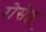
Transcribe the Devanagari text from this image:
रोसेल्ल्